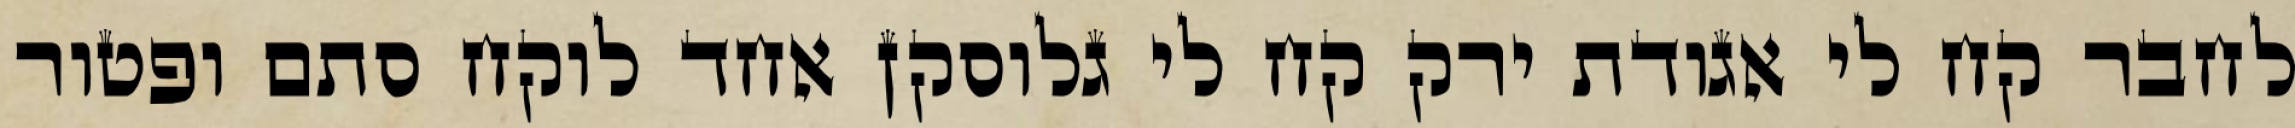
לחבר קח לי אגודת ירק קח לי גלוסקן אחד לוקח סתם ופטור